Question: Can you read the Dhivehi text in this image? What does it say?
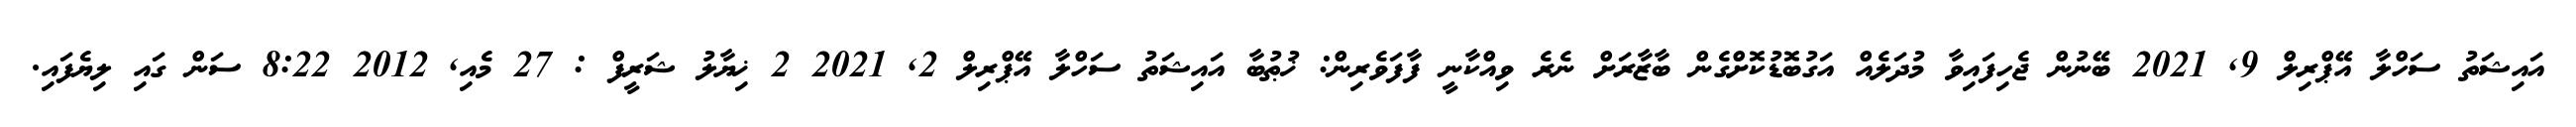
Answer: އައިޝަތު ސަހްލާ އޭޕްރިލް 9, 2021 ބޭނުން ޖެހިފައިވާ މުދަލެއް އަގުބޮޑުކޮށްގެން ބާޒާރަށް ނެރެ ވިއްކާނީ ފާފަވެރިން: ޚުޠުބާ އައިޝަތު ސަހްލާ އޭޕްރިލް 2, 2021 2 ޚިޔާލު ޝަރީފް : 27 މެއި, 2012 8:22 ސަން ގައި ލިޔެފައި.